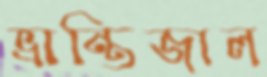
ভ্রান্তিজাল